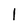
Character: I